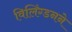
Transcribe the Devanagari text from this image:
विलिंग्डनने